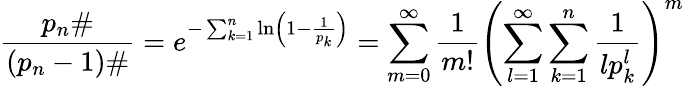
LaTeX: {\frac{p_{n}\# }{(p_{n}-1)\# }}=e^{-\sum_{k=1}^{n}\ln\left(1-{\frac{1}{p_{k}}}\right)}=\sum_{m=0}^{\infty}{\frac{1}{m!}}\left(\sum_{l=1}^{\infty}\sum_{k=1}^{n}{\frac{1}{lp_{k}^{l}}}\right)^{m}